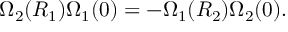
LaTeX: \Omega _ { 2 } ( R _ { 1 } ) \Omega _ { 1 } ( 0 ) = - \Omega _ { 1 } ( R _ { 2 } ) \Omega _ { 2 } ( 0 ) .